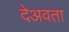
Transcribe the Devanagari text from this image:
देअवता